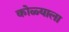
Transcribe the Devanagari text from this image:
कोळ्याला